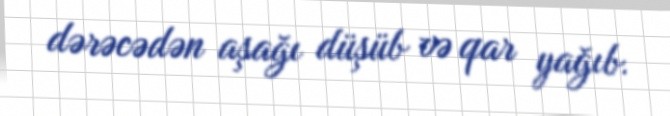
dərəcədən aşağı düşüb və qar yağıb.